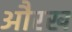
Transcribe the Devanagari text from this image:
औरख